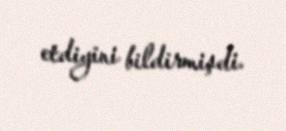
etdiyini bildirmişdi.